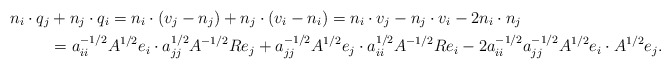
\begin{align*}n_i\cdot q_j &+ n_j\cdot q_i = n_i\cdot(v_j - n_j) + n_j\cdot (v_i - n_i) = n_i\cdot v_j - n_j \cdot v_i - 2n_i\cdot n_j \\ &= a_{ii}^{-1/2}A^{1/2}e_i\cdot a_{jj}^{1/2}A^{-1/2}Re_j + a_{jj}^{-1/2}A^{1/2}e_j\cdot a_{ii}^{1/2}A^{-1/2}Re_i - 2a_{ii}^{-1/2}a_{jj}^{-1/2}A^{1/2}e_i\cdot A^{1/2}e_j.\end{align*}